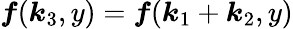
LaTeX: \boldsymbol{f}(\boldsymbol{k}_{3},y)=\boldsymbol{f}(\boldsymbol{k}_{1}+\boldsymbol{k}_{2},y)